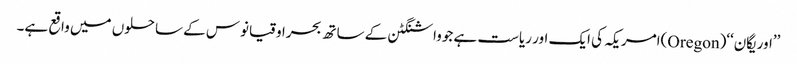
’’اوریگان‘‘(Oregon)امریکہ کی ایک اور ریاست ہے جوواشنگٹن کے ساتھ بحراوقیانوس کے ساحلوں میں واقع ہے۔